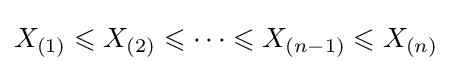
X_{(1)}\leqslant X_{(2)}\leqslant \cdots \leqslant X_{(n-1)}\leqslant X_{(n)}